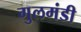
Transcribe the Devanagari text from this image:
गुलमंडी